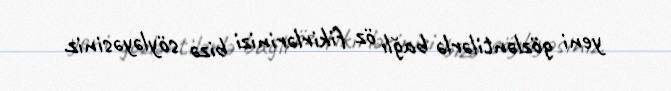
yeni gözləntilərlə bağlı öz fikirlərinizi bizə söyləyəsiniz.